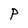
Character: P